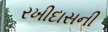
રખીદાસની